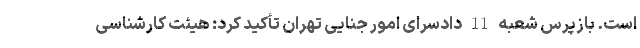
است. بازپرس شعبه 11 دادسرای امور جنایی تهران تأکید کرد: هیئت کارشناسی